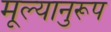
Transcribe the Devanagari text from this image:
मूल्यानुरूप